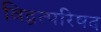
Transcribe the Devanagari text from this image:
विद्वत्परिषद